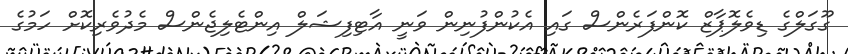
ގޫގަލްގެ ޑިވެލޮޕާޒް ކޮންފަރެންސް ގައި އެކުންފުނިން ވަނީ އާޓިފިޝަލް އިންޓެލިޖެންސް މެދުވެރިކޮށް ހަމުގެ